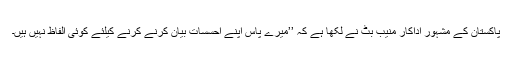
پاکستان کے مشہور اداکار منیب بٹ نے لکھا ہے کہ ’’میرے پاس اپنے احسسات بیان کرنے کرنے کیلئے کوئی الفاظ نہیں ہیں۔